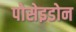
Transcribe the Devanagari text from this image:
पोसेइडोन